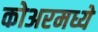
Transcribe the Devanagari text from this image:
कोअरमध्ये